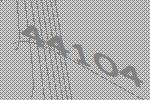
44104